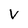
Character: V